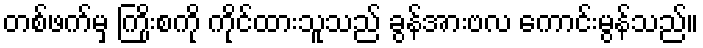
တစ်ဖက်မှ ကြိုးစကို ကိုင်ထားသူသည် ခွန်အားဗလ ကောင်းမွန်သည်။